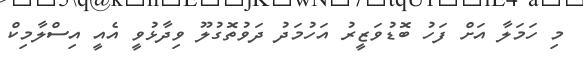
މި ހަމަލާ އަށް ފަހު ބޮޑުވަޒީރު އަހުމަދު ދަވުތޮގުލޫ ވިދާޅުވީ އެއީ އިސްލާމިކް